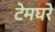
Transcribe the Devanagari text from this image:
टेमघरे